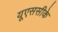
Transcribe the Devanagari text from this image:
यूएससीके